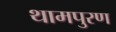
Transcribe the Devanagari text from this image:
थामपुरण